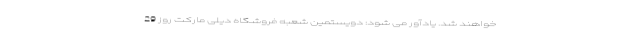
خواهند شد. یادآور می شود: دویستمین شعبه فروشگاه دیلی مارکت روز 29